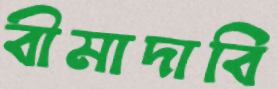
বীমাদাবি